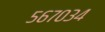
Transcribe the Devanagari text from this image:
५६७०३४